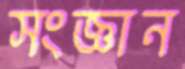
সংজ্ঞান